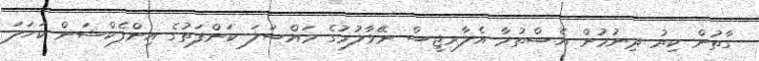
ގާތުން ކިރު ދިނުމުން އެސްތުމާ އެލާރޖީސް ނޭވާލުމުގެ މައްސަލަ ކަންފަތުގެ އިންފެކްޝަން ކަހަލަ